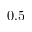
0 . 5